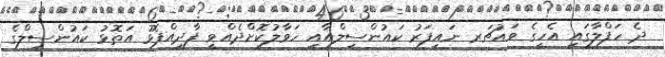
ދެ ހަފްލާގައި އެހީގެ ވައުޗަރ ނައިފަރު ކައުންސިލްއާއި ހަވާލުކޮށްދެއްވީ ފާދިއްޕޮޅު އަތޮޅު ކައުންސިލްގެ